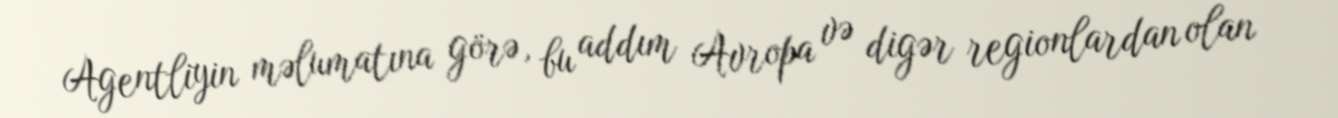
Agentliyin məlumatına görə, bu addım Avropa və digər regionlardan olan